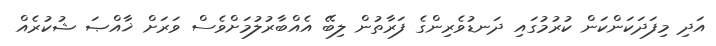
އަދި މިފަދަކަންކަން ކުރުމުގައި ދަނޑުވެރިންގެ ފަރާތުން ލިބޭ އެއްބާރުލުމަށްވެސް ވަރަށް ޚާއްޞަ ޝުކުރެއް